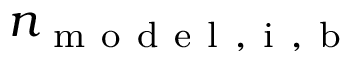
n _ { \mathrm { ~ m ~ o ~ d ~ e ~ l ~ , ~ i ~ , ~ b ~ } }